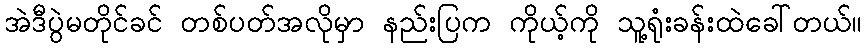
အဲဒီပွဲမတိုင်ခင် တစ်ပတ်အလိုမှာ နည်းပြက ကိုယ့်ကို သူ့ရုံးခန်းထဲခေါ်တယ်။